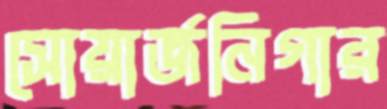
সোয়ার্জনিগার